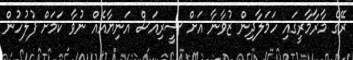
ރޭގެ މާރާމާރީގައި ހަމަލާދިން ޒުވާނާ އަށް ސީރިއަސް އަނިޔާއެއް ނުވާ ކަމަށް ފުލުހުން